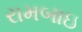
રામબાઇ